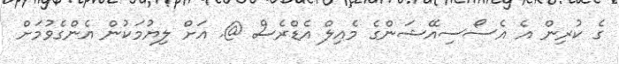
ގެ ކުރިން އެ އެސޯސިއޭޝަންގެ މެއިލް އެޑްރެސް @. އަށް ލިޔުމަކުން އެންގެވުމަށް